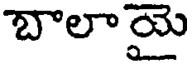
బాలాయై